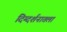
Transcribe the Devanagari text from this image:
दिग्दर्शनातला